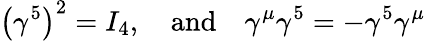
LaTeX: \left(\gamma^{5}\right)^{2}=I_{4},\quad\mathrm{and}\quad\gamma^{\mu}\gamma^{5}=-\gamma^{5}\gamma^{\mu}